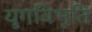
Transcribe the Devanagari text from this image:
युगविभूति